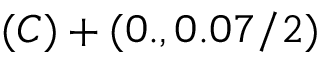
( C ) + ( 0 . , 0 . 0 7 / 2 )